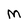
Character: M